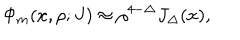
{ \Phi _ { m } ( x , \rho ; J ) \approx \rho ^ { 4 - \Delta } J _ { \Delta } ( x ) , }